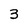
Character: 3